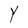
Character: Y